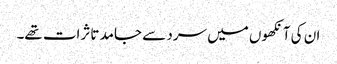
ان کی آنکھوں میں سرد سے جامد تاثرات تھے۔